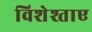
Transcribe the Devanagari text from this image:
विशेश्ताए